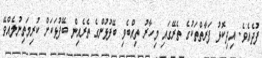
ފުދެއެވެ. އިދިކޮޅު ފަރާތްތަކުގެ ތެރޭގައި މިހާރު ތިއްބެވި ބޭފުޅުންގެ ތެރެއިން ބޭފުޅަކަށް ކުރިމަތިނުލެއްވޭ